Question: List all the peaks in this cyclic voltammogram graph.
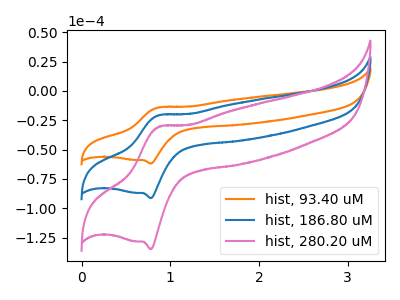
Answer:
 <answer>The orange curve "hist, 93.40 uM" has an anodic peak at (0.85V, -14.00uA) and a cathodic peak at (0.80V, -61.90uA). The blue curve "hist, 186.80 uM" has an anodic peak at (0.85V, -20.65uA) and a cathodic peak at (0.80V, -91.35uA). The pink curve "hist, 280.20 uM" has an anodic peak at (0.85V, -41.30uA) and a cathodic peak at (0.80V, -182.75uA).</answer>
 <eval></eval>